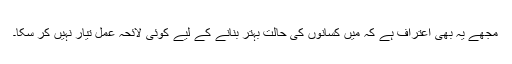
مجھے یہ بھی اعتراف ہے کہ میں کسانوں کی حالت بہتر بنانے کے لیے کوئی لائحہ عمل تیار نہیں کر سکا۔